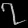
Digit: ၇